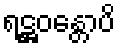
ရဋ္ဌဝန္တောပိ